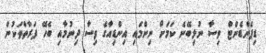
ޑިޕެންޑެންޓް ވިސާ ނުލިބޭނެ ކަމަށް ނިންމައި އިންޑިއާގެ ވިސާ ދިނުމާއި ބެހޭ ފަރާތްތަކުން